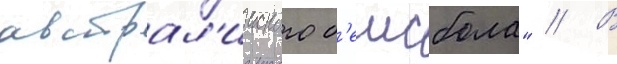
австрал'ииского б'еисбола" // В